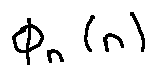
\phi _ { n } ( n )